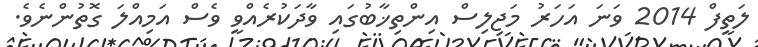
ލަތީފް 2014 ވަނަ އަހަރު މަޖިލިސް އިންތިޚާބުގައި ވާދަކުރެއްވީ ވެސް އަމިއްލަ ގޮތުންނެވެ.